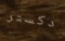
دكستر